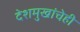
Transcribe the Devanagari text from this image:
देशमुखांचेही